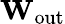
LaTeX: \mathbf{W_{\mathrm{out}}}